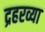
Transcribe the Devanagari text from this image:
द्रहरव्या